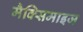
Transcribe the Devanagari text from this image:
मैक्सिमाइज